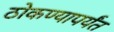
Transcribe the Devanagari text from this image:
ठोकण्यापर्यंत